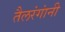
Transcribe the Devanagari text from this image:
तैलरंगांनी